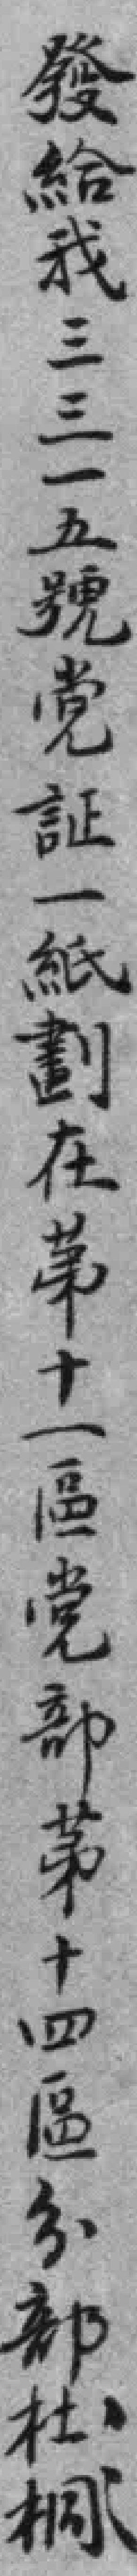
發給我三三一五號党証一紙劃在苐十一區党部苐十四區分部杜桐